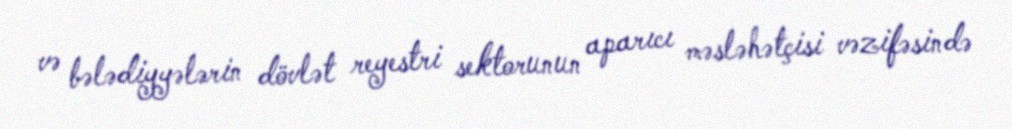
və bələdiyyələrin dövlət reyestri sektorunun aparıcı məsləhətçisi vəzifəsində